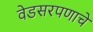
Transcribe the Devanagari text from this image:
वेडसरपणाचे